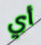
أي